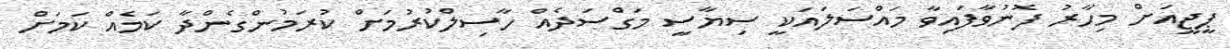
ޕީޖީއަށް މިހާރު ފޮނުވާފައިވާ މައްސަލައަކީ ސިޔާސީ މަގްސަދެއް ހާސިލްކުރުމަށް ކުރަމުންގެންދާ ކަމެއް ކަމަށް